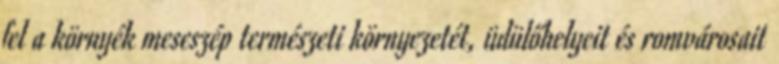
fel a környék meseszép természeti környezetét, üdülőhelyeit és romvárosait